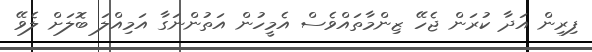
ފިރިން އަދާ ކުރަން ޖެހޭ ޒިންމާތައްވެސް އެމީހުން އަތުންނަގާ އަމިއްލަ ބޮލަށް ލެވޭ